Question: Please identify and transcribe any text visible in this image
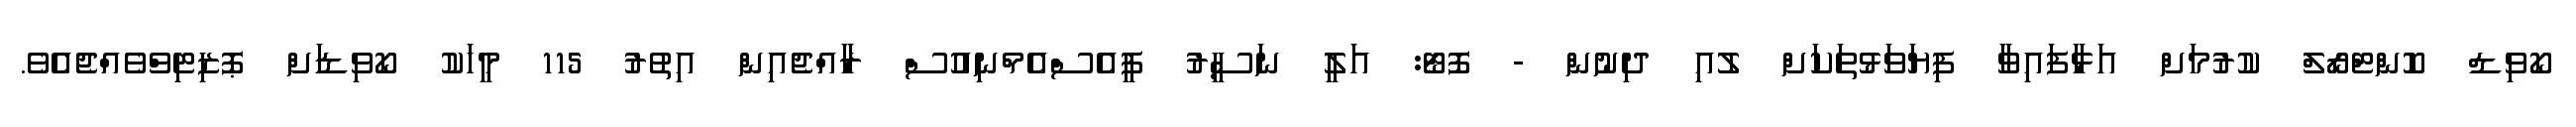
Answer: ކޯވިޑް ކޮންޓްރޯލް ކުރުމަށް އަޅާފައިވާ ފިޔަވަޅުތަކަށް ލުއި ދިނުން - ފޮޓޯ: އަލީ ނަސީރު ޕީއެސްއެމްނިއުސް ރާއްޖެއިން އިތުރު 115 މީހަކު ކޯވިޑަށް ޕޮޒިޓިވްވެއްޖެއެވެ.